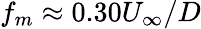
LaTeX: f_{m}\approx 0.30U_{\infty}/D